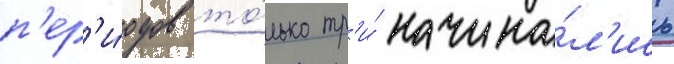
п'ер'и́одов то́лько тр'и́ начина́л'ись